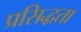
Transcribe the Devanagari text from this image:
प्रसिद्धता